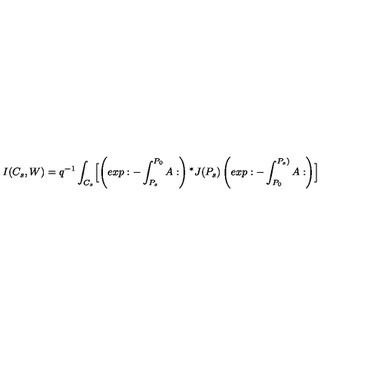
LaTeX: I ( C _ { s } , W ) = q ^ { - 1 } \int _ { C _ { s } } \Bigl [ \left( e x p : - \int _ { P _ { s } } ^ { P _ { 0 } } A : \right) { ^ * J } ( P _ { s } ) \left( e x p : - \int _ { P _ { 0 } } ^ { P _ { s } ) } A : \right) \Bigr ]